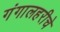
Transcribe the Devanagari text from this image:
गंगालहरीचे